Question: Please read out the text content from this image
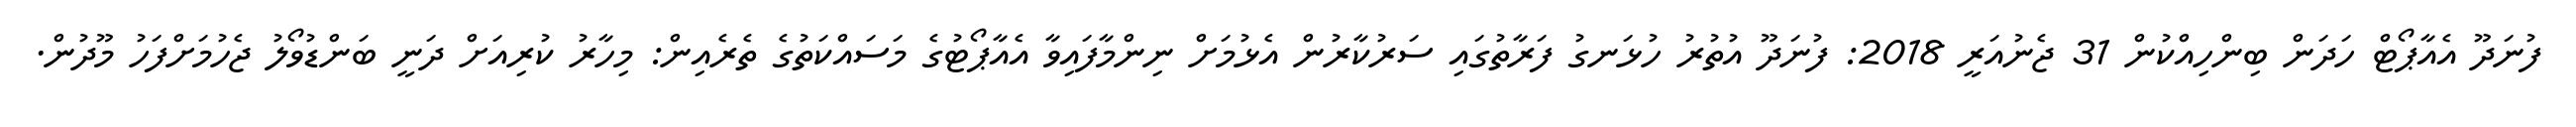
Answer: ފުނަދޫ އެއާޕޯޓް ހަދަން ބިންހިއްކުން 31 ޖެނުއަރީ 2018: ފުނަދޫ އުތުރު ހުޅަނގު ފަރާތުގައި ސަރުކާރުން އެޅުމަށް ނިންމާފައިވާ އެއާޕޯޓުގެ މަސައްކަތުގެ ތެރެއިން: މިހާރު ކުރިއަށް ދަނީ ބަންޑުވޯލު ޖެހުމަށްފަހު މޫދުން.